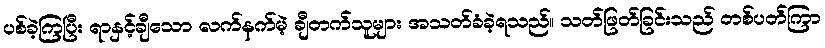
ပစ်ခဲ့ကြပြီး ရာနှင့်ချီသော လက်နက်မဲ့ ချီတက်သူများ အသတ်ခံခဲ့ရသည်။ သတ်ဖြတ်ခြင်းသည် တစ်ပတ်ကြာ